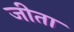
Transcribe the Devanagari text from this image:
जीता